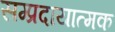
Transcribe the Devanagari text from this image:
सम्प्रदायात्मक